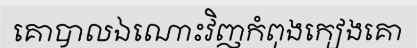
គោបាលឯណោះវិញកំពុងកៀងគោ